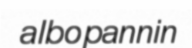
albopannin